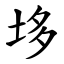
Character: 垑